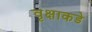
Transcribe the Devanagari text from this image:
वृक्षाकडे